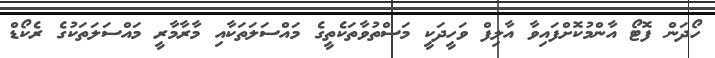
ހޯދަން ފޮޓޯ އާންމުކޮށްފައިވާ އާލިފް ވަހީދަކީ މަސްތުވާތަކެތީގެ މައްސަލަތަކާއި މާރާމާރީ މައްސަލަތަކުގެ ރެކޯޑް